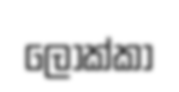
ලොක්කා